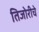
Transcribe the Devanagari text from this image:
तिजोरीचे